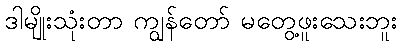
ဒါမျိုးသုံးတာ ကျွန်တော် မတွေ့ဖူးသေးဘူး